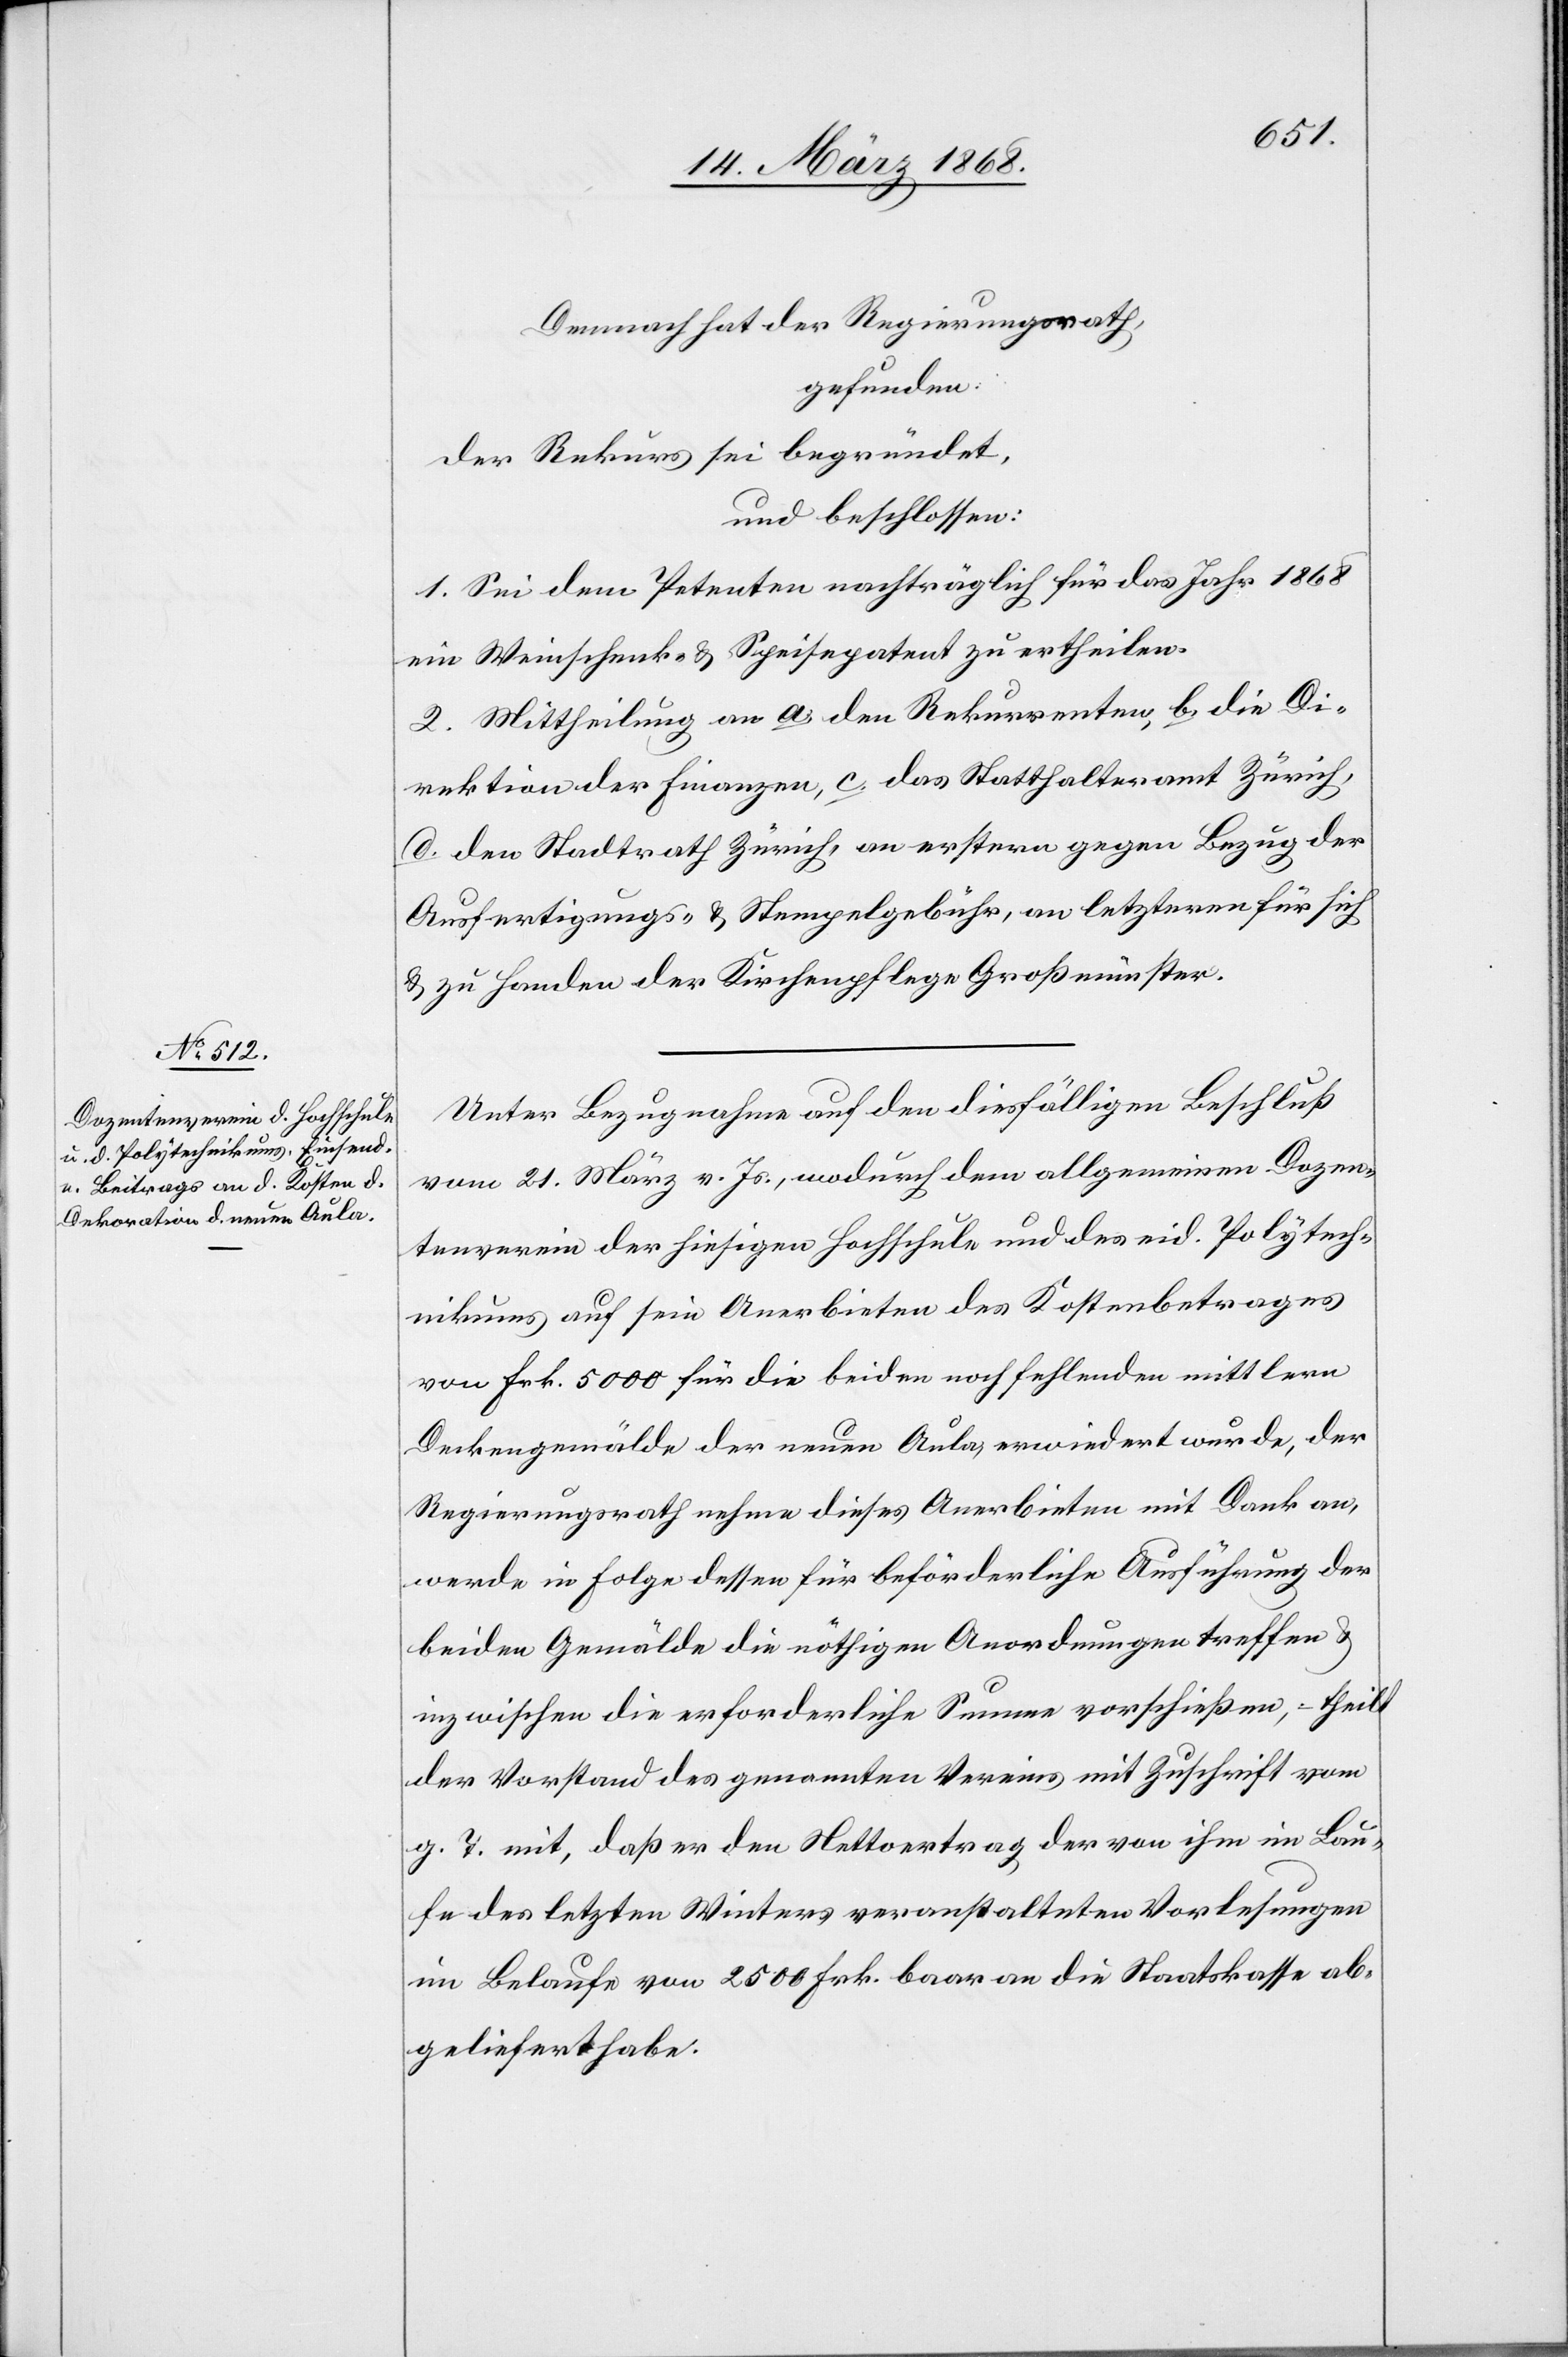
Demnach hat der Regierungsrath,
gefunden:
der Rekurs sei begründet,
und beschlossen:
1. Sei dem Petenten nachträglich für das Jahr 1868
ein Weinschenk- & Speisepatent zu ertheilen.
2. Mittheilung an a. den Rekurrenten, b. die Di¬
rektion der Finanzen, c. das Statthalteramt Zürich,
d. den Stadtrath Zürich, an erstern gegen Bezug der
Ausfertigungs- & Stempelgebühr, an letzteren für sich
& zu Handen der Kirchenpflege Großmünster.
Unter Bezugnahme auf den diesfälligen Beschluß
vom 21. März v. Js., wodurch dem allgemeinen Dozen¬
tenverein der hiesigen Hochschule und des eid. Polytech¬
nikums auf sein Anerbieten des Kostenbetrages
von Frk. 5000 für die beiden noch fehlenden mittlern
Deckengemälde der neuen Aula, erwiedert wurde, der
Regierungsrath nehme dieses Anerbieten mit Dank an,
werde in Folge dessen für beförderliche Ausführung der
beiden Gemälde die nöthigen Anordnungen treffen &
inzwischen die erforderliche Summe vorschießen, – theilt
der Vorstand des genannten Vereins mit Zuschrift vom
g. T. mit, daß er den Nettoertrag der von ihm im Lau¬
fe des letzten Winters veranstalteten Vorlesungen
im Belaufe von 2500 Frk. baar an die Staatskasse ab¬
geliefert habe.